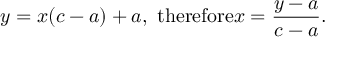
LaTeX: y = x ( c - a ) + a , { \mathrm { ~ t h e r e f o r e } } x = { \frac { y - a } { c - a } } .